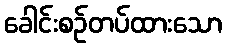
ခေါင်းစဉ်တပ်ထားသော